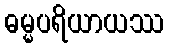
ဓမ္မပရိယာယဿ